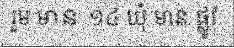
រួម មាន ១៤ ឃុំ មាន ផ្លូវ